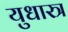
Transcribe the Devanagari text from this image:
युधास्त्र